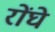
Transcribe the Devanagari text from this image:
रोंघे